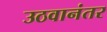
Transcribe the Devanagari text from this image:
उठवानंतर